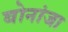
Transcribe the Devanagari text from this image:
बोनांजा